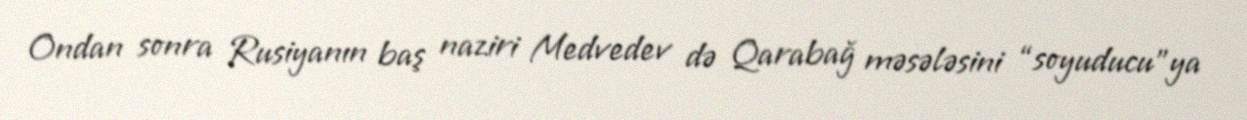
Ondan sonra Rusiyanın baş naziri Medvedev də Qarabağ məsələsini “soyuducu”ya